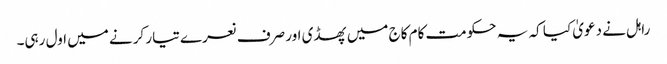
راہل نے دعویٰ کیا کہ یہ حکومت کام کاج میں پھسڈی اور صرف نعرے تیار کرنے میں اول رہی۔